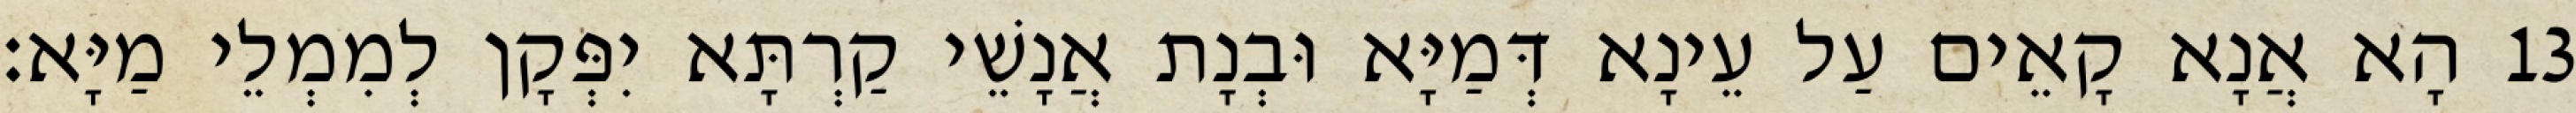
13 הָא אֲנָא קָאֵים עַל עֵינָא דְּמַיָּא וּבְנָת אֲנָשֵׁי קַרְתָּא יִפְּקָן לְמִמְלֵי מַיָּא׃